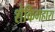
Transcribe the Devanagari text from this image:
शेकिगहारा